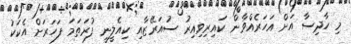
މި ހާދިސާ އަށް އަހަރެއްވާން ކައިރިވިއިރު ސުއަރޭޒާއި ކިއެލީނީ ފުރަތަމަ ފަހަރަށް އެކަކު